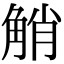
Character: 𧣪